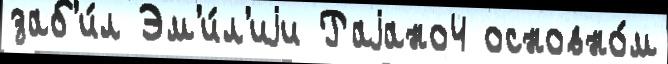
заб'и́л Эм'и́л'иjи Раjано4 основно́м